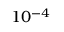
1 0 ^ { - 4 }